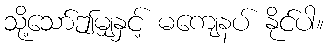
သို့သော်ဤမျှနှင့် မကျေနပ် နိုင်ပါ။